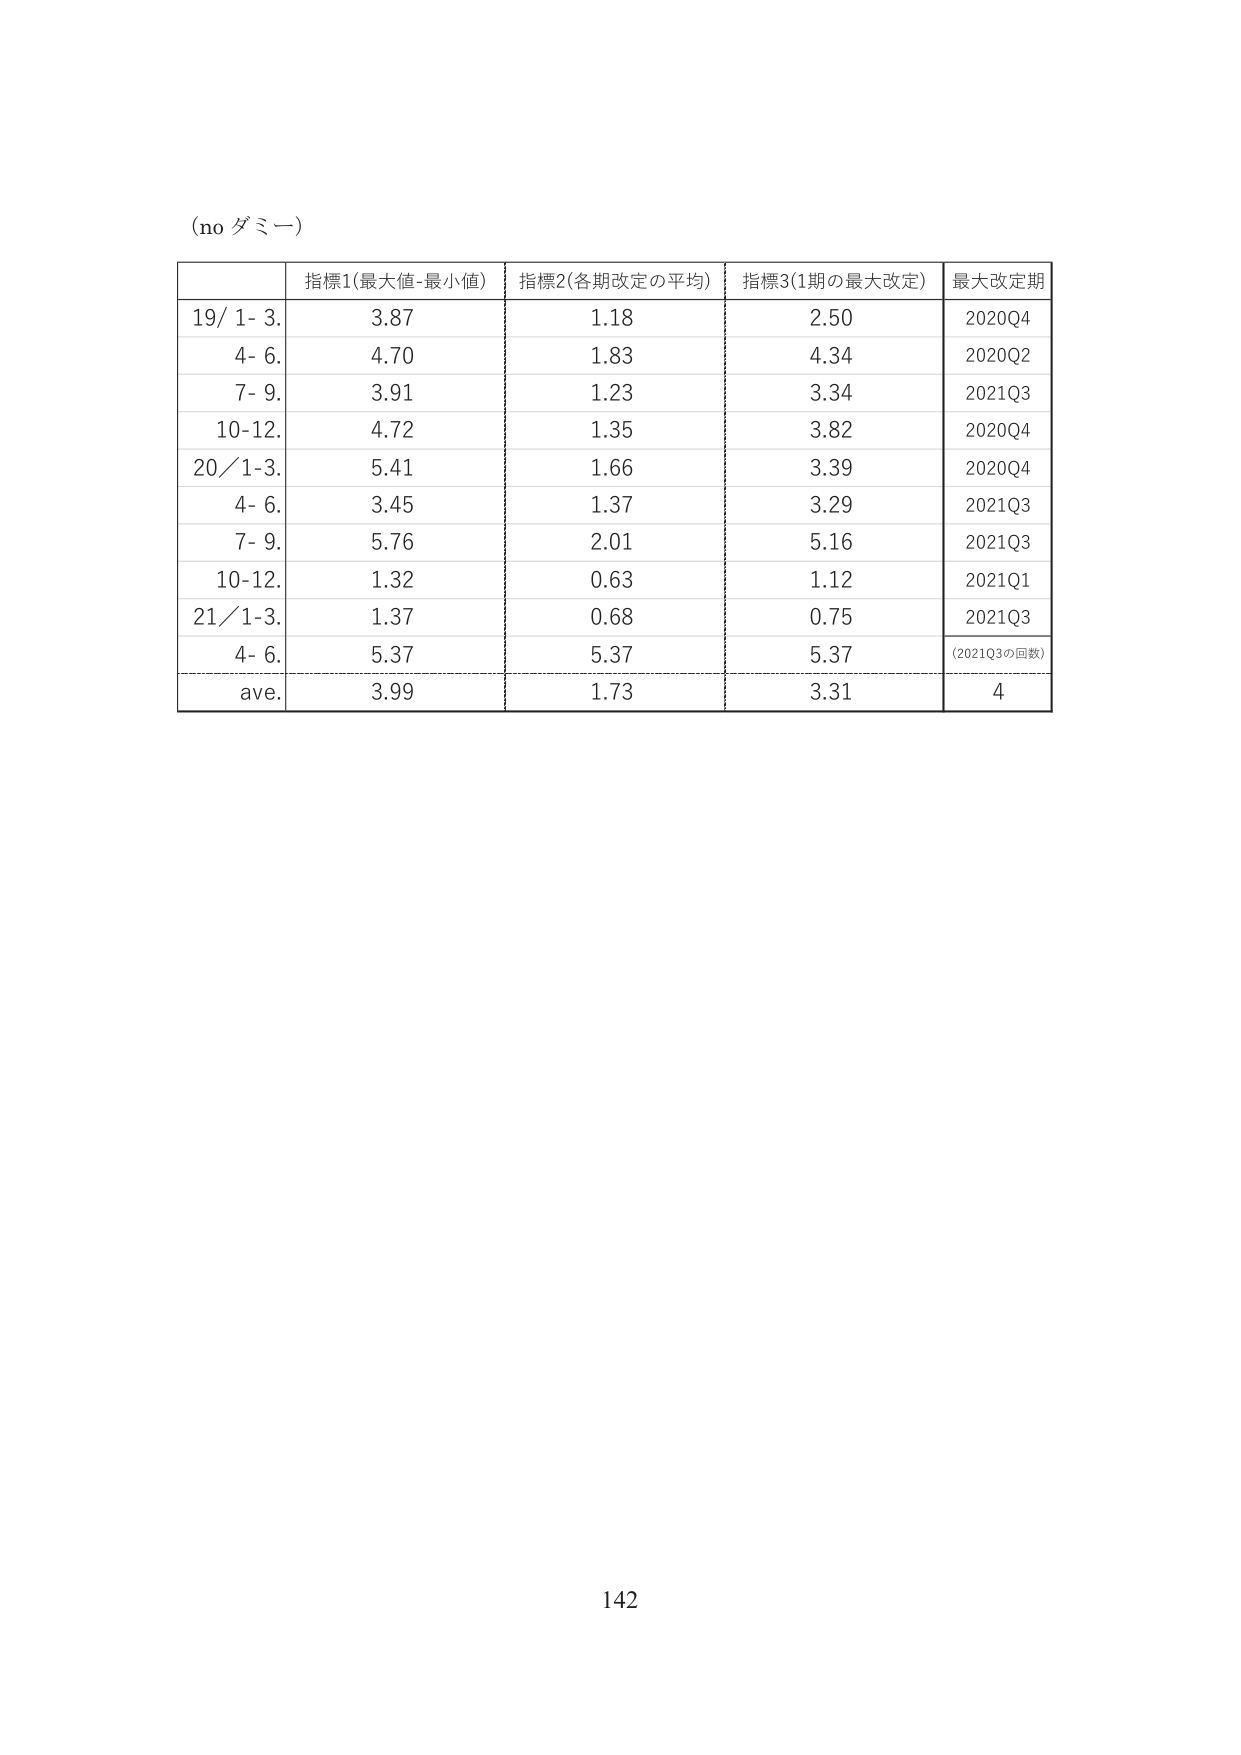
(no ダミー)

指標1(最大値-最小値) 指標2(各期改定の平均) 指標3(1期の最大改定) 最大改定期
19/ 1- 3. 3.87 1.18 2.50 2020Q4
4- 6. 4.70 1.83 4.34 2020Q2
7- 9. 3.91 1.23 3.34 2021Q3
10-12. 4.72 1.35 3.82 2020Q4
20/1-3. 5.41 1.66 3.39 2020Q4
4- 6. 3.45 1.37 3.29 2021Q3
7- 9. 5.76 2.01 5.16 2021Q3
10-12. 1.32 0.63 1.12 2021Q1
21/1-3. 1.37 0.68 0.75 2021Q3
4- 6. 5.37 5.37 5.37 (2021Q3の回数)
ave. 3.99 1.73 3.31 4

142